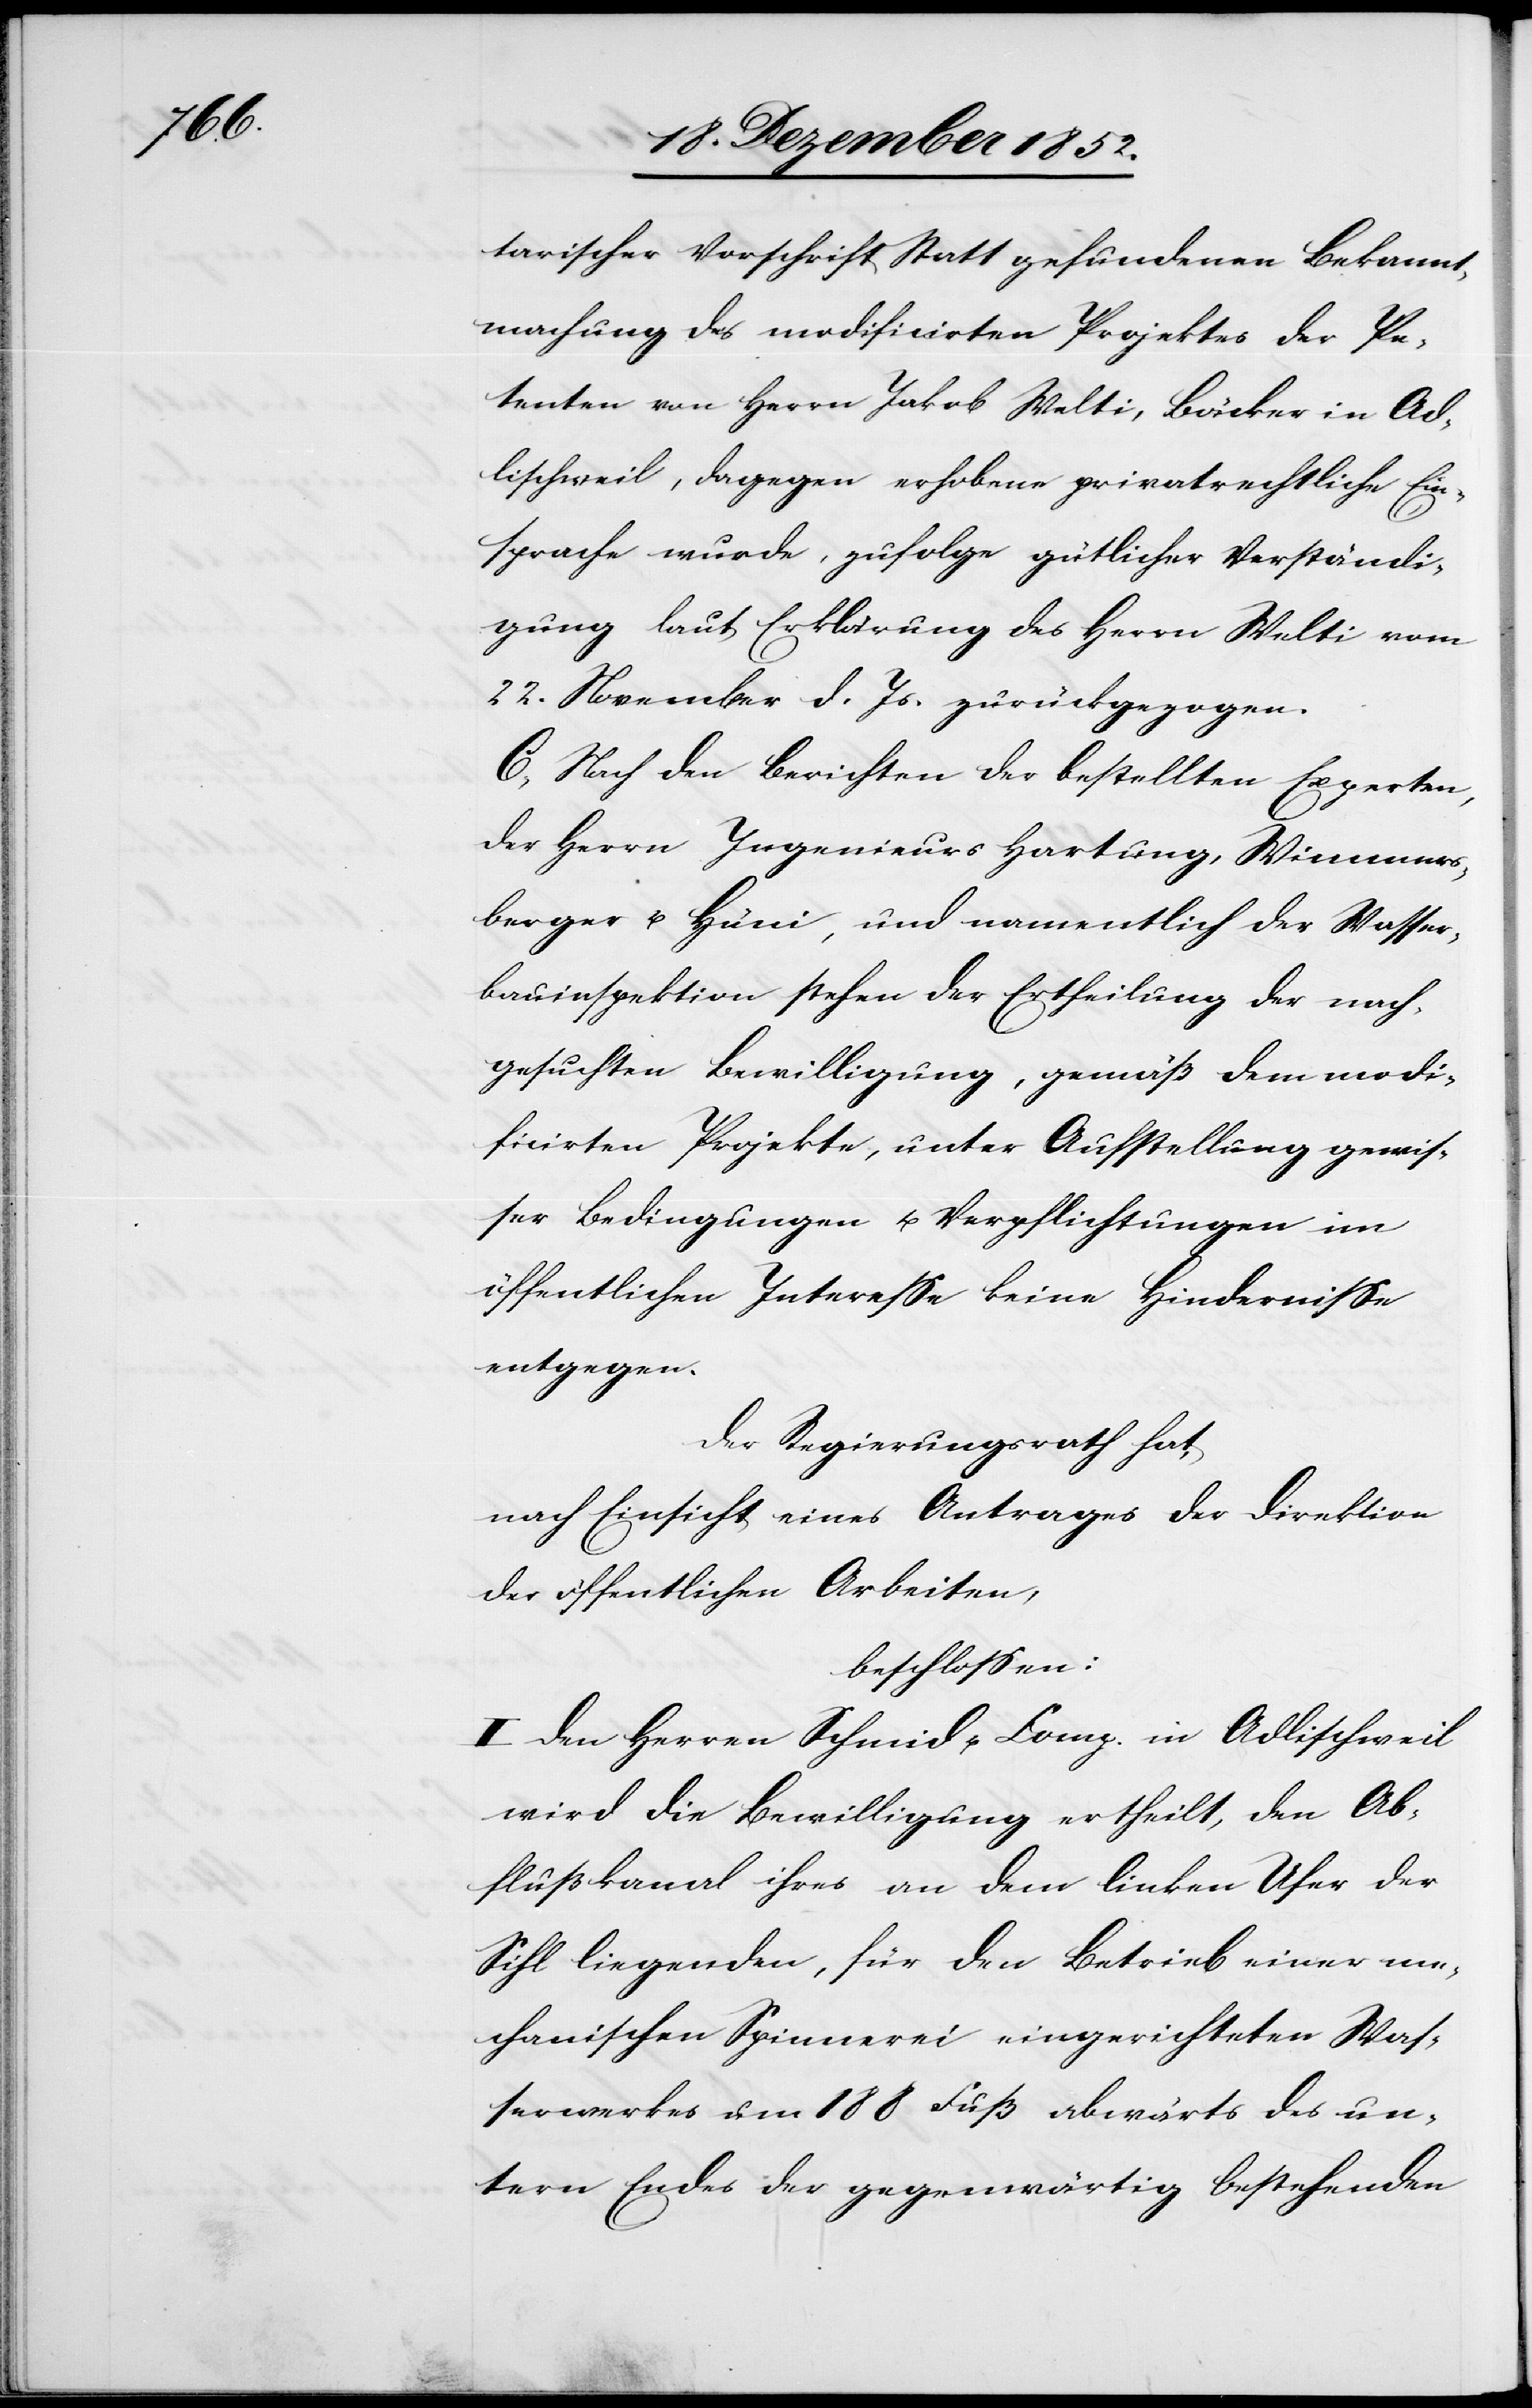
tarischer Vorschrift Statt gefundenen Bekannt¬
machung des modificirten Projektes der Pe¬
tenten von Herrn Jakob Welti, Bäcker in Ad¬
lischweil, dagegen erhobene privatrechtliche Ein¬
sprache wurde, zufolge gütlicher Verständi¬
gung laut Erklärung des Herrn Welti vom
22. November d. Js. zurückgezogen.
C, Nach den Berichten der bestellten Experten,
der Herrn Ingenieurs Hartung, Wimmers¬
berger u. Hüni, und namentlich der Wasser¬
bauinspektion stehen der Ertheilung der nach¬
gesuchten Bewilligung, gemäß dem modi¬
ficirten Projekte, unter Aufstellung gewis¬
ser Bedingungen u. Verpflichtungen im
öffentlichen Interesse keine Hindernisse
entgegen.
Der Regierungsrath hat,
nach Einsicht eines Antrages der Direktion
der öffentlichen Arbeiten,
beschlossen:
I Den Herren Schmid u. Comp. in Adlischweil
wird die Bewilligung ertheilt, den Ab¬
flußkanal ihres an dem linken Ufer der
Sihl liegenden, für den Betrieb einer me¬
chanischen Spinnerei eingerichteten Was¬
serwerkes um 188 Fuß abwärts des un¬
tern Endes der gegenwärtig bestehenden